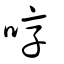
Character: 啍